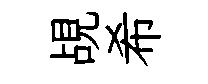
覘希